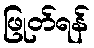
ဖြုတ်ရန်